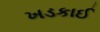
ખડકાઈ